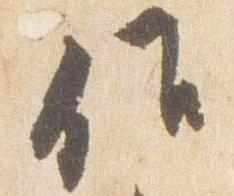
候